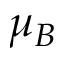
\mu _ { B }